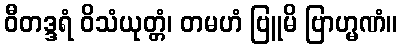
ဝီတဒ္ဒရံ ဝိသံယုတ္တံ၊ တမဟံ ဗြူမိ ဗြာဟ္မဏံ။